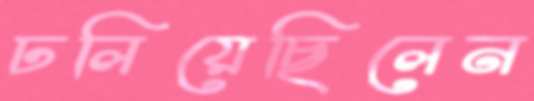
ঢলিয়েছিলেন